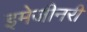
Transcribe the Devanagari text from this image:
इमेजीनरी